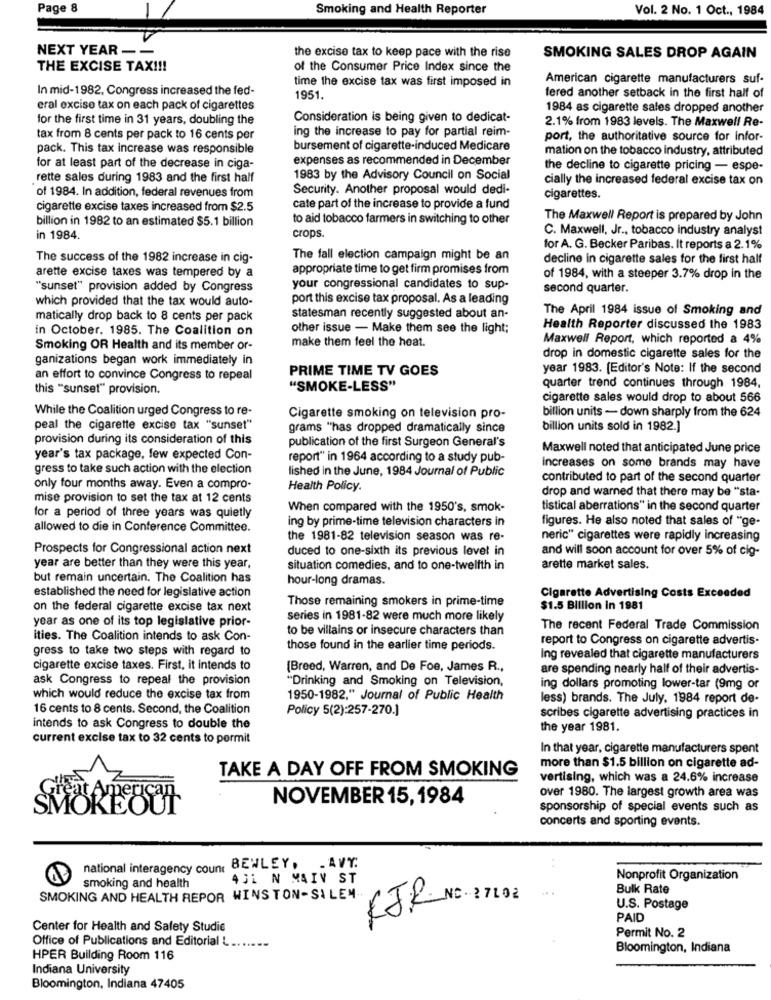
Page 8
Smoking and Health Reporter
Vol. 2 No. 1 Oct ., 1984
NEXT YEAR --
the excise tax to keep pace with the rise
SMOKING SALES DROP AGAIN
THE EXCISE TAX !!!
of the Consumer Price Index since the
time the excise tax was first imposed in
American cigarette manufacturers suf-
In mid-1982, Congress increased the fed-
1951.
fered another setback in the first half of
eral excise tax on each pack of cigarettes
1984 as cigarette sales dropped another
for the first time in 31 years, doubling the
Consideration is being given to dedicat-
2.1% from 1983 levels. The Maxwell Re-
ing the increase to pay for partial reim-
tax from 8 cents per pack to 16 cents per
port, the authoritative source for infor-
pack. This tax increase was responsible
bursement of cigarette-induced Medicare
mation on the tobacco industry, attributed
expenses as recommended in December
for at least part of the decrease in ciga-
the decline to cigarette pricing - espe-
rette sales during 1983 and the first half
1983 by the Advisory Council on Social
cially the increased federal excise tax on
Security. Another proposal would dedi-
of 1984. In addition, federal revenues from
cigarettes.
cigarette excise taxes increased from $2.5
cate part of the increase to provide a fund
billion in 1982 to an estimated $5.1 billion
to aid tobacco farmers in switching to other
The Maxwell Report is prepared by John
C. Maxwell, Jr ., tobacco industry analyst
in 1984.
crops.
for A. G. Becker Paribas. It reports a 2.1%
The success of the 1982 increase in cig-
The fall election campaign might be an
decline in cigarette sales for the first half
arette excise taxes was tempered by a
appropriate time to get firm promises from
of 1984, with a steeper 3.7% drop in the
"sunset" provision added by Congress
your congressional candidates to sup-
second quarter.
which provided that the tax would auto-
port this excise tax proposal. As a leading
The April 1984 issue of Smoking and
matically drop back to 8 cents per pack
statesman recently suggested about an-
in October. 1985. The Coalition on
other issue - Make them see the light;
Health Reporter discussed the 1983
make them feel the heat.
Maxwell Report, which reported a 4%
Smoking OR Health and its member or-
ganizations began work immediately in
drop in domestic cigarette sales for the
PRIME TIME TV GOES
year 1983. [Editor's Note: If the second
an effort to convince Congress to repeal
this "sunset" provision.
"SMOKE-LESS"
quarter trend continues through 1984,
cigarette sales would drop to about 566
While the Coalition urged Congress to re-
billion units - down sharply from the 624
Cigarette smoking on television pro-
peal the cigarette excise tax "sunset"
grams "has dropped dramatically since
billion units sold in 1982.]
provision during its consideration of this
publication of the first Surgeon General's
Maxwell noted that anticipated June price
year's tax package, few expected Con-
report" in 1964 according to a study pub-
gress to take such action with the election
lished in the June, 1984 Journal of Public
Increases on some brands may have
contributed to part of the second quarter
only four months away. Even a compro-
Health Policy.
drop and warned that there may be "sta-
mise provision to set the tax at 12 cents
When compared with the 1950's, smok-
tistical aberrations" in the second quarter
for a period of three years was quietly
ing by prime-time television characters in
figures. He also noted that sales of "ge-
allowed to die in Conference Committee.
the 1981-82 television season was re-
neric" cigarettes were rapidly increasing
Prospects for Congressional action next
duced to one-sixth its previous levet in
and will soon account for over 5% of cig-
year are better than they were this year,
situation comedies, and to one-twelfth in
arette market sales.
but remain uncertain. The Coalition has
hour-long dramas.
established the need for legislative action
Those remaining smokers in prime-time
Cigarette Advertising Costs Exceeded
on the federal cigarette excise tax next
$1.5 Billion In 1981
year as one of its top legislative prior-
series in 1981-82 were much more likely
to be villains or insecure characters than
The recent Federal Trade Commission
ities. The Coalition intends to ask Con-
report to Congress on cigarette advertis-
gress to take two steps with regard to
those found in the earlier time periods.
Ing revealed that cigarette manufacturers
cigarette excise taxes. First, it intends to
[Breed, Warren, and De Foe, James R .,
are spending nearly half of their advertis-
ask Congress to repeal the provision
"Drinking and Smoking on Television,
ing dollars promoting lower-tar (9mg or
which would reduce the excise tax from
1950-1982," Journal of Public Health
less) brands. The July, 1984 report de-
16 cents to 8 cents. Second, the Coalition
Policy 5(2):257-270.]
scribes cigarette advertising practices in
intends to ask Congress to double the
the year 1981.
current excise tax to 32 cents to pormit
In that year, cigarette manufacturers spent
TAKE A DAY OFF FROM SMOKING
more than $1.5 billion on cigarette ad-
vertising, which was a 24.6% increase
NOVEMBER 15, 1984
over 1980. The largest growth area was
SMOREOUT
sponsorship of special events such as
concerts and sporting events.
national interagency count BEWLEY, . AVY.
smoking and health
4SL N MAIN ST
Nonprofit Organization
Bulk Rate
SMOKING AND HEALTH REPOR WINSTON-SALEM
KJR NO- 27102
U.S. Postage
PAID
Center for Health and Safety Studie
Permit No. 2
Office of Publications and Editorial L.
Bloomington, Indiana
HPER Building Room 116
Indiana University
Bloomington, Indiana 47405